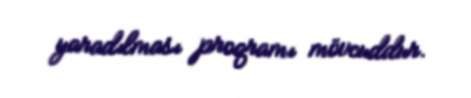
yaradılması proqramı mövcuddur.